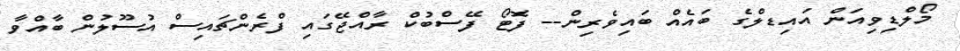
މޯލްޑިވިއަން އައިޑލްގެ ބައެއް ބައިވެރިން-- ފޮޓޯ ފޭސްބުކް ރާއްޖޭގައި ފްރެންޗައިސް އުސޫލުން ބާއްވާ